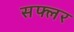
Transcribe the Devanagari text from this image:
सफ्लर